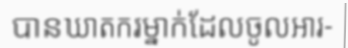
បានឃាតករម្នាក់ដែលចូលអារ-